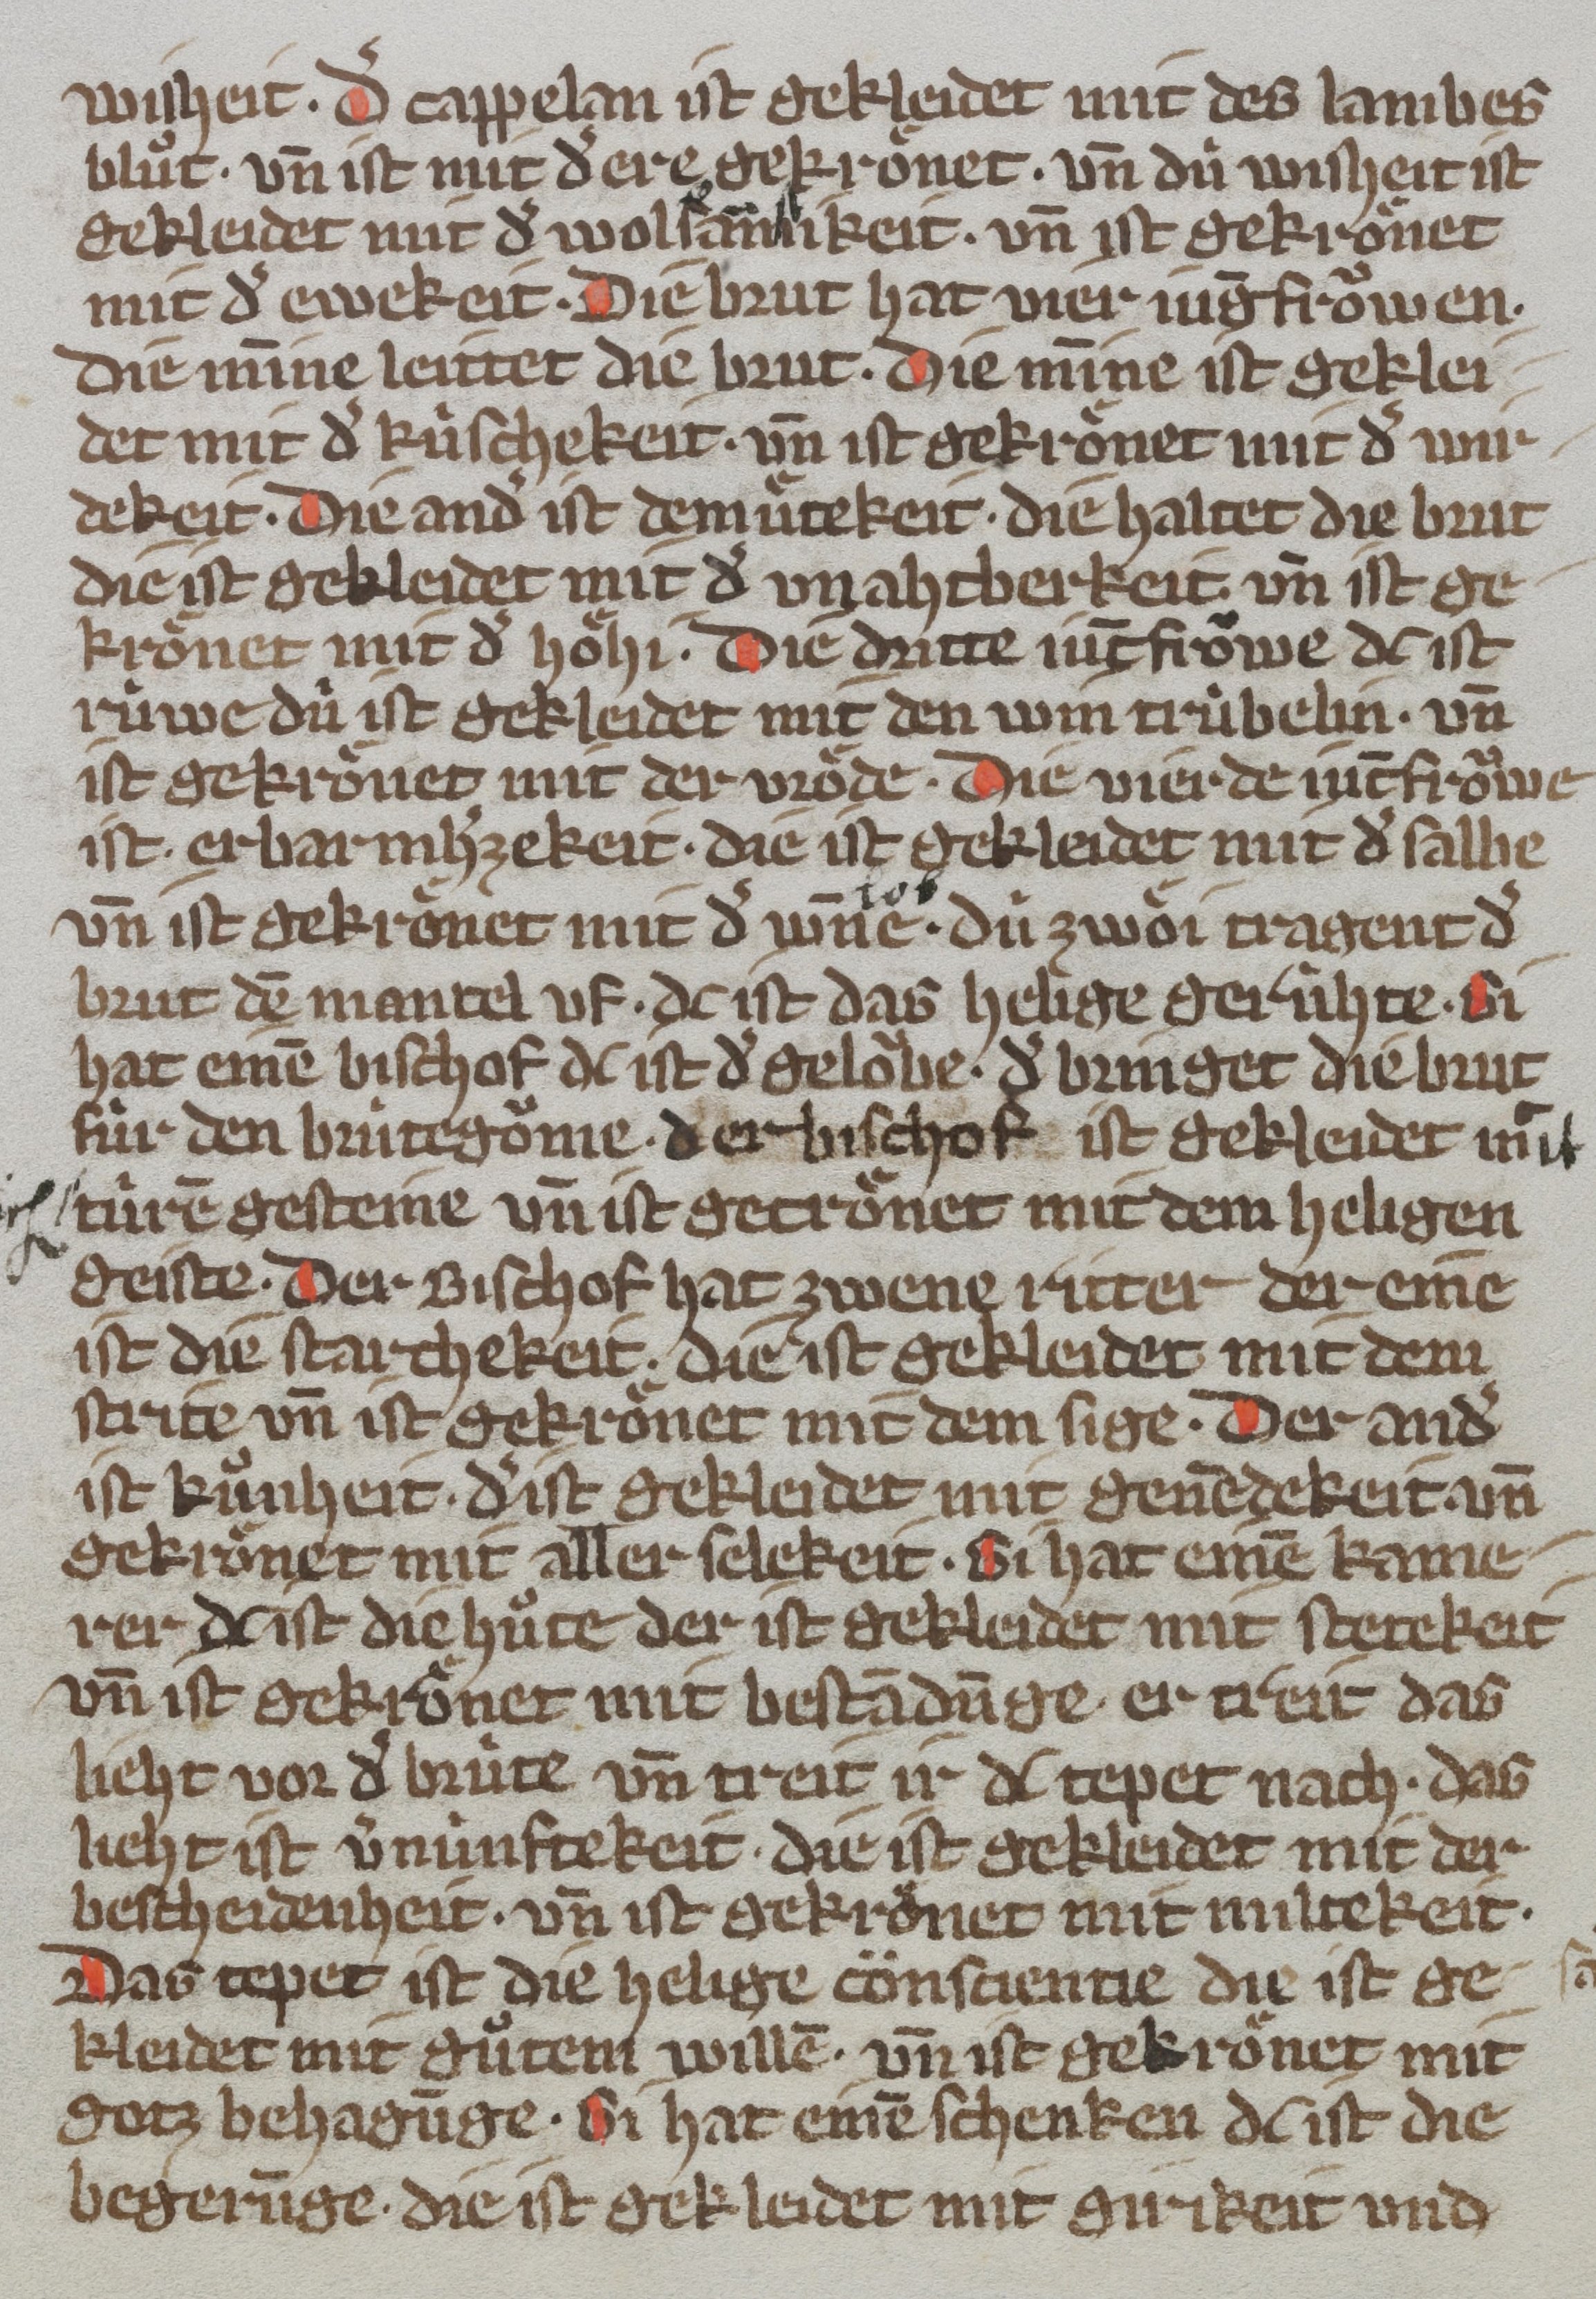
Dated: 1350–1374